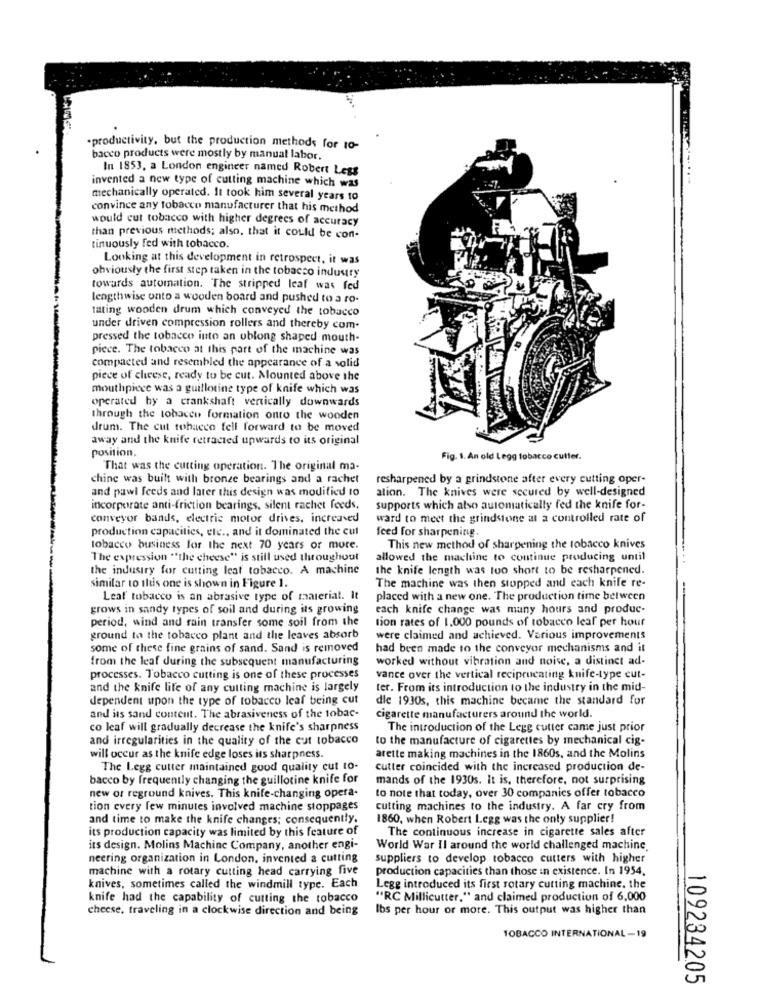
.productivity, but the production methods for to-
bacco products were mostly by manual labor.
In 1853, a London engineer named Robert Less
invented a new type of cutting machine which was
mechanically operated. It took him several years to
convince any tobacco manufacturer that his method
would cut tobacco with higher degrees of accuracy
than previous methods; also, that it could be con-
tinuously fed with tobacco.
Looking at this development in retrospect, it was
obviously the first step taken in the tobacco industry
towards automation. The stripped leaf was fed
lengthwise onto a wooden board and pushed to a ro-
tating wooden drum which conveyed the tobacco
under driven compression rollers and thereby com
pressed the tobacco into an oblong shaped mouth-
piece. The tobacco at this part of the machine was
compacted and resembled the appearance of a solid
piece of cheese, ready to be cut. Mounted above the
mouthpiece was a guillotine type of knife which was
operated by a crankshaft vertically downwards
through the tobacco formation onto the wooden
drum. The cut tobacco fell forward to be moved
away and the knife retracted upwards to its original
position.
Fig. 1. An old Legg tobacco cutter.
That was the cutting operation. The original ma-
chine was built with bronze bearings and a rachet
resharpened by a grindstone after every cutting oper-
and pawl feeds and later this design was modified to
ation. The knives were secured by well-designed
incorporate anti-friction bearings, silent rachet feeds.
supports which also automatically fed the knife for-
conveyor bands, electric motor drives, increased
ward to meet the grindstone at a controlled rate of
production capacities, etc ., and it dominated the cul
feed for sharpening.
tobacco business for the next 70 years or more.
This new method of sharpening the tobacco knives
The expression "the cheese" is still used throughout
allowed the machine to continue producing until
the industry for cutting leaf tobacco. A machine
the knife length was too short to be resharpened.
similar to this one is shown in Figure 1.
The machine was then stopped and each knife re-
Leaf tobacco is an abrasive type of maieriat. It
placed with a new one. The production time between
grows in sandy types of soil and during its growing
each knife change was many hours and produc-
period, wind and rain transfer some soil from the
tion rates of 1.000 pounds of tobacco leaf per hour
ground to the tobacco plant and the leaves absorb
were claimed and achieved. Various improvements
some of these fine grains of sand. Sand is removed
had been made to the conveyor mechanisms and it
from the leaf during the subsequent manufacturing
worked without vibration and noise, a distinct ad-
processes. Tobacco cutting is one of these processes
vance over the vertical reciprocating knife-type cut-
and the knife life of any cutting machine is largely
ter. From its introduction to the industry in the mid-
dependent upon the type of tobacco leaf being cut
dle 1930s, this machine became the standard for
and its sand content. The abrasiveness of the tobac-
cigarette manufacturers around the world.
co leaf will gradually decrease the knife's sharpness
The introduction of the Legg cutter came just prior
and irregularities in the quality of the cut tobacco
to the manufacture of cigarettes by mechanical cig-
will occur as the knife edge loses its sharpness.
arette making machines in the 1860s, and the Molins
The Legg cutter maintained good quality cut to-
cutter coincided with the increased production de-
bacco by frequently changing the guillotine knife for
mands of the 1930s. It is, therefore, not surprising
new or reground knives. This knife-changing opera-
to note that today, over 30 companies offer tobacco
tion every few minutes involved machine stoppages
cutting machines to the industry. A far cry from
and time to make the knife changes; consequently.
1860, when Robert Legg was the only supplier!
its production capacity was limited by this feature of
The continuous increase in cigarette sales after
its design. Molins Machine Company, another engi-
World War II around the world challenged machine
neering organization in London, invented a cutting
suppliers to develop tobacco cutters with higher
machine with a rotary cutting head carrying five
production capacities than those in existence. In 1954,
knives, sometimes called the windmill type. Each
Legg introduced its first rotary cutting machine. the
knife had the capability of cutting the tobacco
"RC Millicutter," and claimed production of 6,000
cheese, traveling in a clockwise direction and being
Ibs per hour or more. This output was higher than
TOBACCO INTERNATIONAL -19
109234205